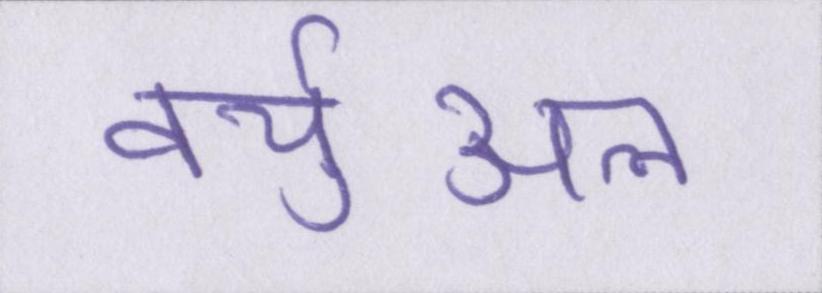
वर्चुअल